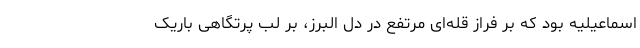
اسماعیلیه بود که بر فراز قله‌ای مرتفع در دل البرز، بر لب پرتگاهی باریک